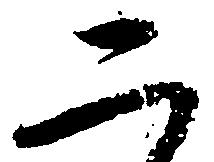
二